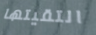
التقيتها